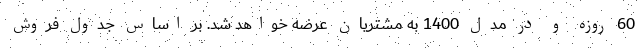
60 روزه و در مدل 1400 به مشتریان عرضه خواهد شد. بر اساس جدول فروش